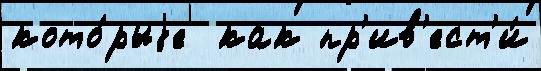
кото́рыjе  как пр'ив'ест'и́